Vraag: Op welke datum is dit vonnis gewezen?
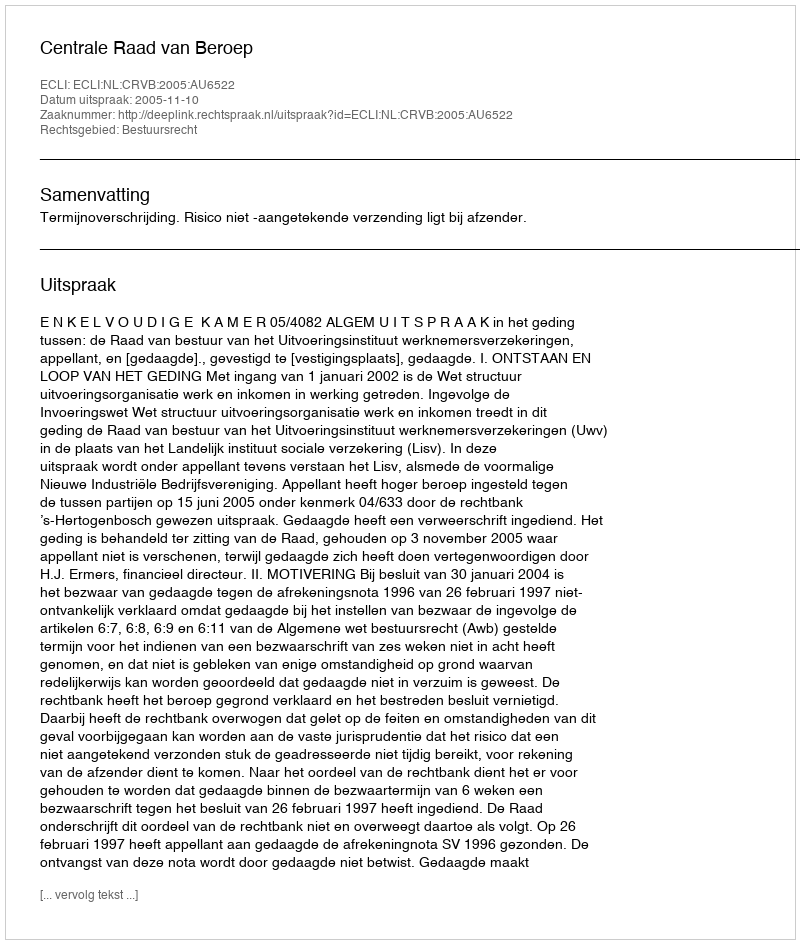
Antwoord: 2005-11-10